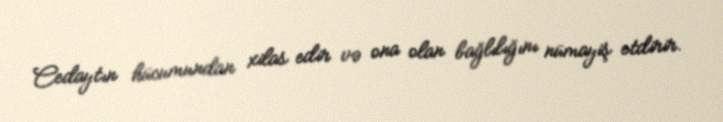
Cedaytın hücumundan xilas edir və ona olan bağlılığını nümayiş etdirir.